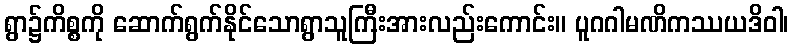
ရွာ၌ကိစ္စကို ဆောက်ရွက်နိုင်သောရွာသူကြီးအားလည်းကောင်း။ ပူဂဂါမဏိကဿယဒိဝါ၊